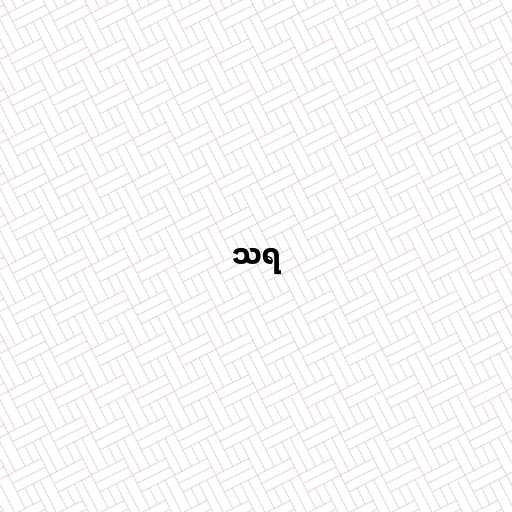
သရ